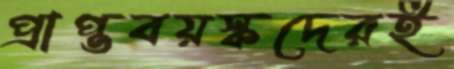
প্রাপ্তবয়স্কদেরই